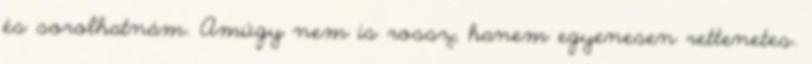
és sorolhatnám. Amúgy nem is rossz, hanem egyenesen rettenetes.